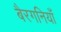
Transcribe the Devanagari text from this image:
बैरगनियाँ